Medical and sanitary report of the native army of Madras for the year
Year: 1875
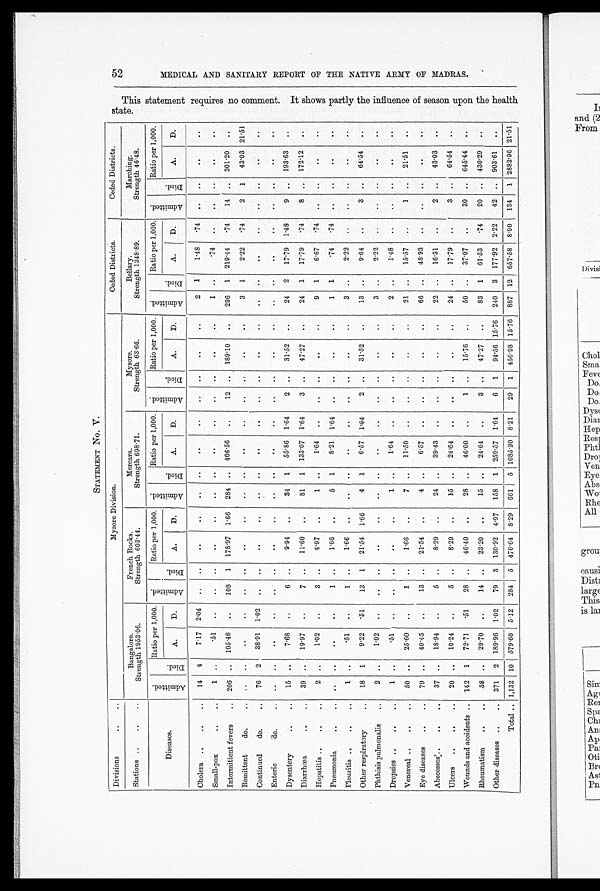
52 MEDI CAL AND SANI TARY REPORT OF THE NATI VE ARMY OF MADRAS.
Th i s St a t e me n t r e q u i r e s n o c o mme n t . I t s h o ws p a r t l y t h e i n f l u e n c e o f s e a s o n u p o n t h e h e a l t h s t a t e .
STATEMENT No. V.
Divisions
..
..
Mysore Division.
Ceded Districts.
Ceded Districts.
Stations ..
..
..
Bangalore.
Strength 1953.06.
French Rocks.
Strength 603.44.
Mercara.
Strength 608.71.
Mysore.
Strength 63.66.
Bellary.
Strength 1348.89.
Marching.
Strength 46.48.
Diseases.
Admi t t e d.
Di ed.
Ratio per 1,000. Admi t t ed. D i e d .
Ratio per 1,000. Admi t t e d.
Died.
Ratio per 1,000. Admi t t e d.
Died.
Ratio per 1,000. Ad mi t t e d .
Died.
Ratio per 1,000. Admi t t e d.
Died.
Ratio per 1,000.
A.
D.
A.
D.
A.
D.
A. D.
A.
D.
A.
D.
Cholera ..
..
..
14 4
7.17 2.04 ..
..
..
..
..
..
..
..
..
..
..
..
2 1
1.48 .74 ..
..
..
..
Small-pox
..
..
1 .. .51
. .
..
..
..
..
..
..
..
1 .. .74
..
Intermittent fevers
.. 206 .. 105.48
..
108 1 178.97 1.66 284 .. 466.56 ..
12 .. 189.10
..
296 1 219.44
.74
14 .. 301.20 ..
Remittent
do.
.. ..
..
..
..
..
..
..
..
..
..
..
..
..
..
..
..
3 1
2.22 .74
2 1
43.03 21.51
Continued
do.
..
76 2
38.91 1.02 ..
..
..
..
..
..
..
..
..
..
..
..
..
..
..
..
Enteric
do.
.. ..
..
..
..
..
..
..
..
..
..
..
..
..
..
..
..
..
..
..
..
..
..
..
Dysentery
..
..
15 ..
7.68
..
6 ..
9.94 ..
34 1
55.86 1.64
2 ..
31.52 ..
24 2
17.79 1.48
9 .. 193.63 ..
Diarrhœa
..
..
39 . .
19.97
..
7 ..
11.60
..
81 1 133.07 1.64
3 ..
47.27
..
24 1
17.79 .74
8 .. 172.12 ..
Hepatitis ..
..
..
2 ..
1.02 ..
3 ..
4.97
..
1 ..
1.64
..
..
..
..
..
9 1
6.67 .74
Pneumonia
..
.. ..
..
..
..
1 ..
1.66 ..
5 1
8.21 1.64 ..
..
..
..
1 1
.74 .74 ..
..
..
..
Pleuritis ..
..
..
1 ..
.51
. .
1 ..
1.66
..
..
..
..
..
..
..
..
3 ..
2.22
..
..
..
..
..
Other respiratory
..
18 1
9.22
.51
13 1
21.54 1.66
4 1
6.57 1.64
2 ..
31.52
..
13 ..
9.64
..
3 ..
64.54 ..
Phthisis pulmonalis
..
2 ..
1.02
. .
. . ..
..
..
..
..
..
..
..
..
..
..
3 ..
2.22
..
..
..
..
..
Dropsies ..
..
..
1 ..
.51 ..
..
..
..
..
1 ..
1.64
..
..
..
..
..
2 ..
1.48
..
..
..
..
..
Venereal ..
..
..
50 ..
25.60 ..
. ..
1.66 ..
7 ..
11.50 ..
..
..
..
..
21 ..
15.57
..
1 ..
21.51
..
Eye diseases
..
..
79 ..
40.45
..
13 ..
21.54
..
4 ..
6.57
..
..
..
.
..
66 ..
48.93
..
..
..
..
..
Abscesses..
..
...
37 ..
18.94
..
5 ..
8.29
..
24 ..
39.43 ..
..
..
..
..
22 ..
16.31
..
2 ..
43.03 ..
Ulcers ..
..
..
20 ..
10.24 ..
5 ..
8.29
..
15 ..
24.64 ...
..
..
..
..
24 ..
17.79
3 ..
64.54 ..
Wounds and accidents .. 142 1
72.71
.51
28 ..
46.40
..
2 ..
46.00
..
1 ..
15.76 ..
50 ..
37.07
..
30 .. 645.44 ..
Rheumatism
..
..
58 ..
29.70 ..
14 ..
23.20
..
15
24.64
..
3 ..
47.27
..
83 1
61.53 .74
20 .. 430.29
..
Other diseases ..
.. 371 2 189.96 1.02
79 3 130.92 4.97 158 1 259.57 1.64
6 1
94.56 15.76 240 3 177.92 2.22
42 .. 903.61
..
Total .. 1,132 10 579.60 5.12 284 5 470.64 8.29 661 5 1085.90 8.21
29 1 456.98 15.76 887 12 657.58 8.90 134 1 2882.96 21.51